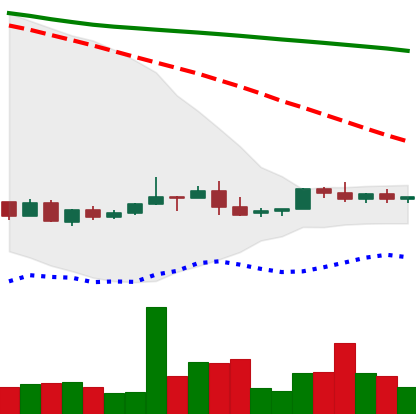
Ticker: NEO-USD
Chart end date: 2022-06-04
Forward return: 6.554%
Label: up_5_7